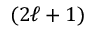
( 2 \ell + 1 )